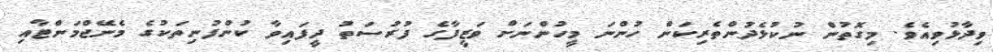
ވިދާޅުވިއެވެ. މިގޮތުން ނުކުޅެދުންތެރިކަން ހުންނަ މީހުންނަށް ވަޒީފާގެ ފުރުސަތު ދީފައިވާ ކުންފުނިތަކުގެ މެނޭޖްމަންޓާއި